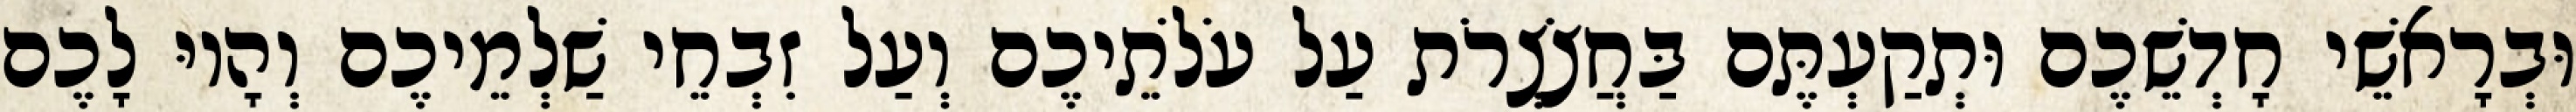
וּבְרָאשֵׁי חָדְשֵׁכֶם וּתְקַעְתֶּם בַּחֲצֹצְרֹת עַל עֹלֹתֵיכֶם וְעַל זִבְחֵי שַׁלְמֵיכֶם וְהָיוּ לָכֶם